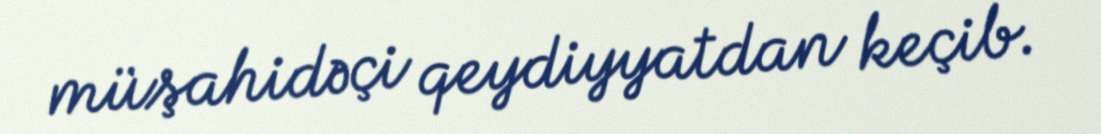
müşahidəçi qeydiyyatdan keçib.